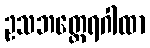
ဥသဘတ္ထေရဂါထာ